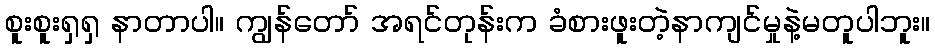
စူးစူးရှရှ နာတာပါ။ ကျွန်တော် အရင်တုန်းက ခံစားဖူးတဲ့နာကျင်မှုနဲ့မတူပါဘူး။